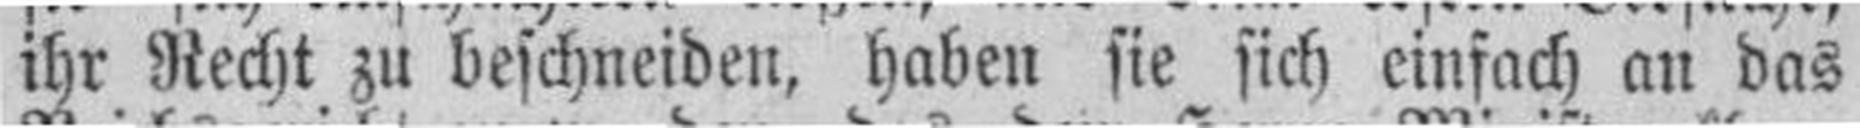
ihr Recht zu beschneiden, haben sie sich einfach an das